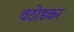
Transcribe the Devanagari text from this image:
वठोडकर